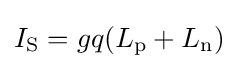
I_{\text{S}}=gq(L_{\text{p}}+L_{\text{n}})